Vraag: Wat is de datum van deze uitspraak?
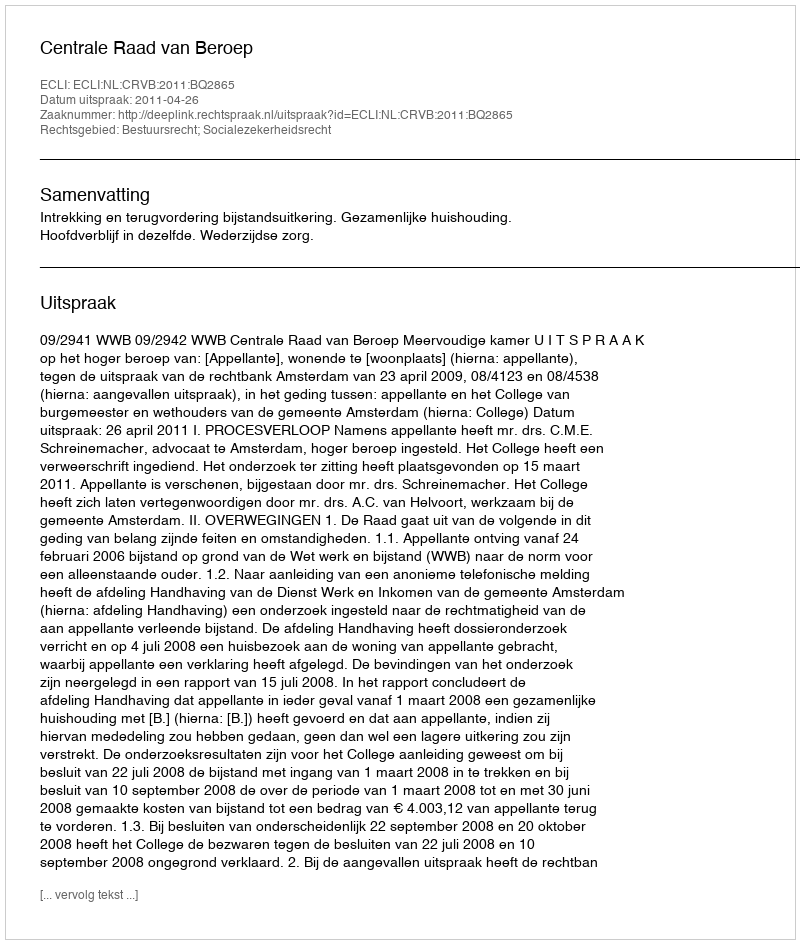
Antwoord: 2011-04-26